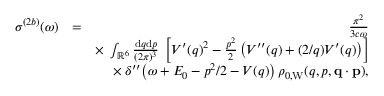
\begin{array} { r l r } { \sigma ^ { ( 2 b ) } ( \omega ) } & { = } & { \frac { \pi ^ { 2 } } { 3 c \omega } } \\ & { } & { \times \; \int _ { \mathbb { R } ^ { 6 } } \frac { \ensuremath { \mathrm { d } } \b { q } \ensuremath { \mathrm { d } } \b { p } } { ( 2 \pi ) ^ { 3 } } \; \left[ V ^ { \prime } ( q ) ^ { 2 } - \frac { p ^ { 2 } } { 2 } \left( V ^ { \prime \prime } ( q ) + ( 2 / q ) V ^ { \prime } ( q ) \right) \right] } \\ & { } & { \times \; \delta ^ { \prime \prime } \! \left( \omega + E _ { 0 } - p ^ { 2 } / 2 - V ( q ) \right) \rho _ { 0 , \mathrm { W } } ( q , p , \ensuremath { \mathbf { q } } \cdot \ensuremath { \mathbf { p } } ) , } \end{array}